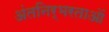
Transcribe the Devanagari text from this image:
अंतनिर्भरताओं